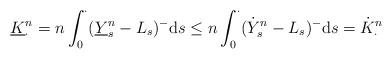
LaTeX: \begin{align*}\underline K^n_\cdot=n\int_0^\cdot (\underline Y^n_s-L_s)^-{\rm d}s\leq n\int_0^\cdot (\dot Y^n_s-L_s)^-{\rm d}s=\dot K^n_\cdot\end{align*}